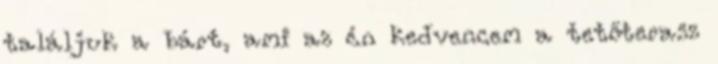
találjuk a bárt, ami az én kedvencem a tetőterasz